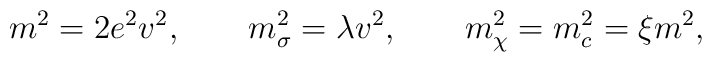
m^2 = 2 e^2 v^2,\qquad m_{\sigma}^2 = \lambda v^2,\qquad m_{\chi}^2 = m_{c}^{2} = \xi m^2,